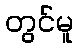
တွင်မူ